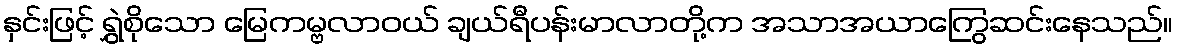
နှင်းဖြင့် ရွှဲစိုသော မြေကမ္ဗလာဝယ် ချယ်ရီပန်းမာလာတို့က အသာအယာကြွေဆင်းနေသည်။